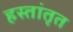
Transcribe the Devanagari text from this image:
हस्तांतृत